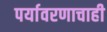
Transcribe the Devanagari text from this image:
पर्यावरणाचाही